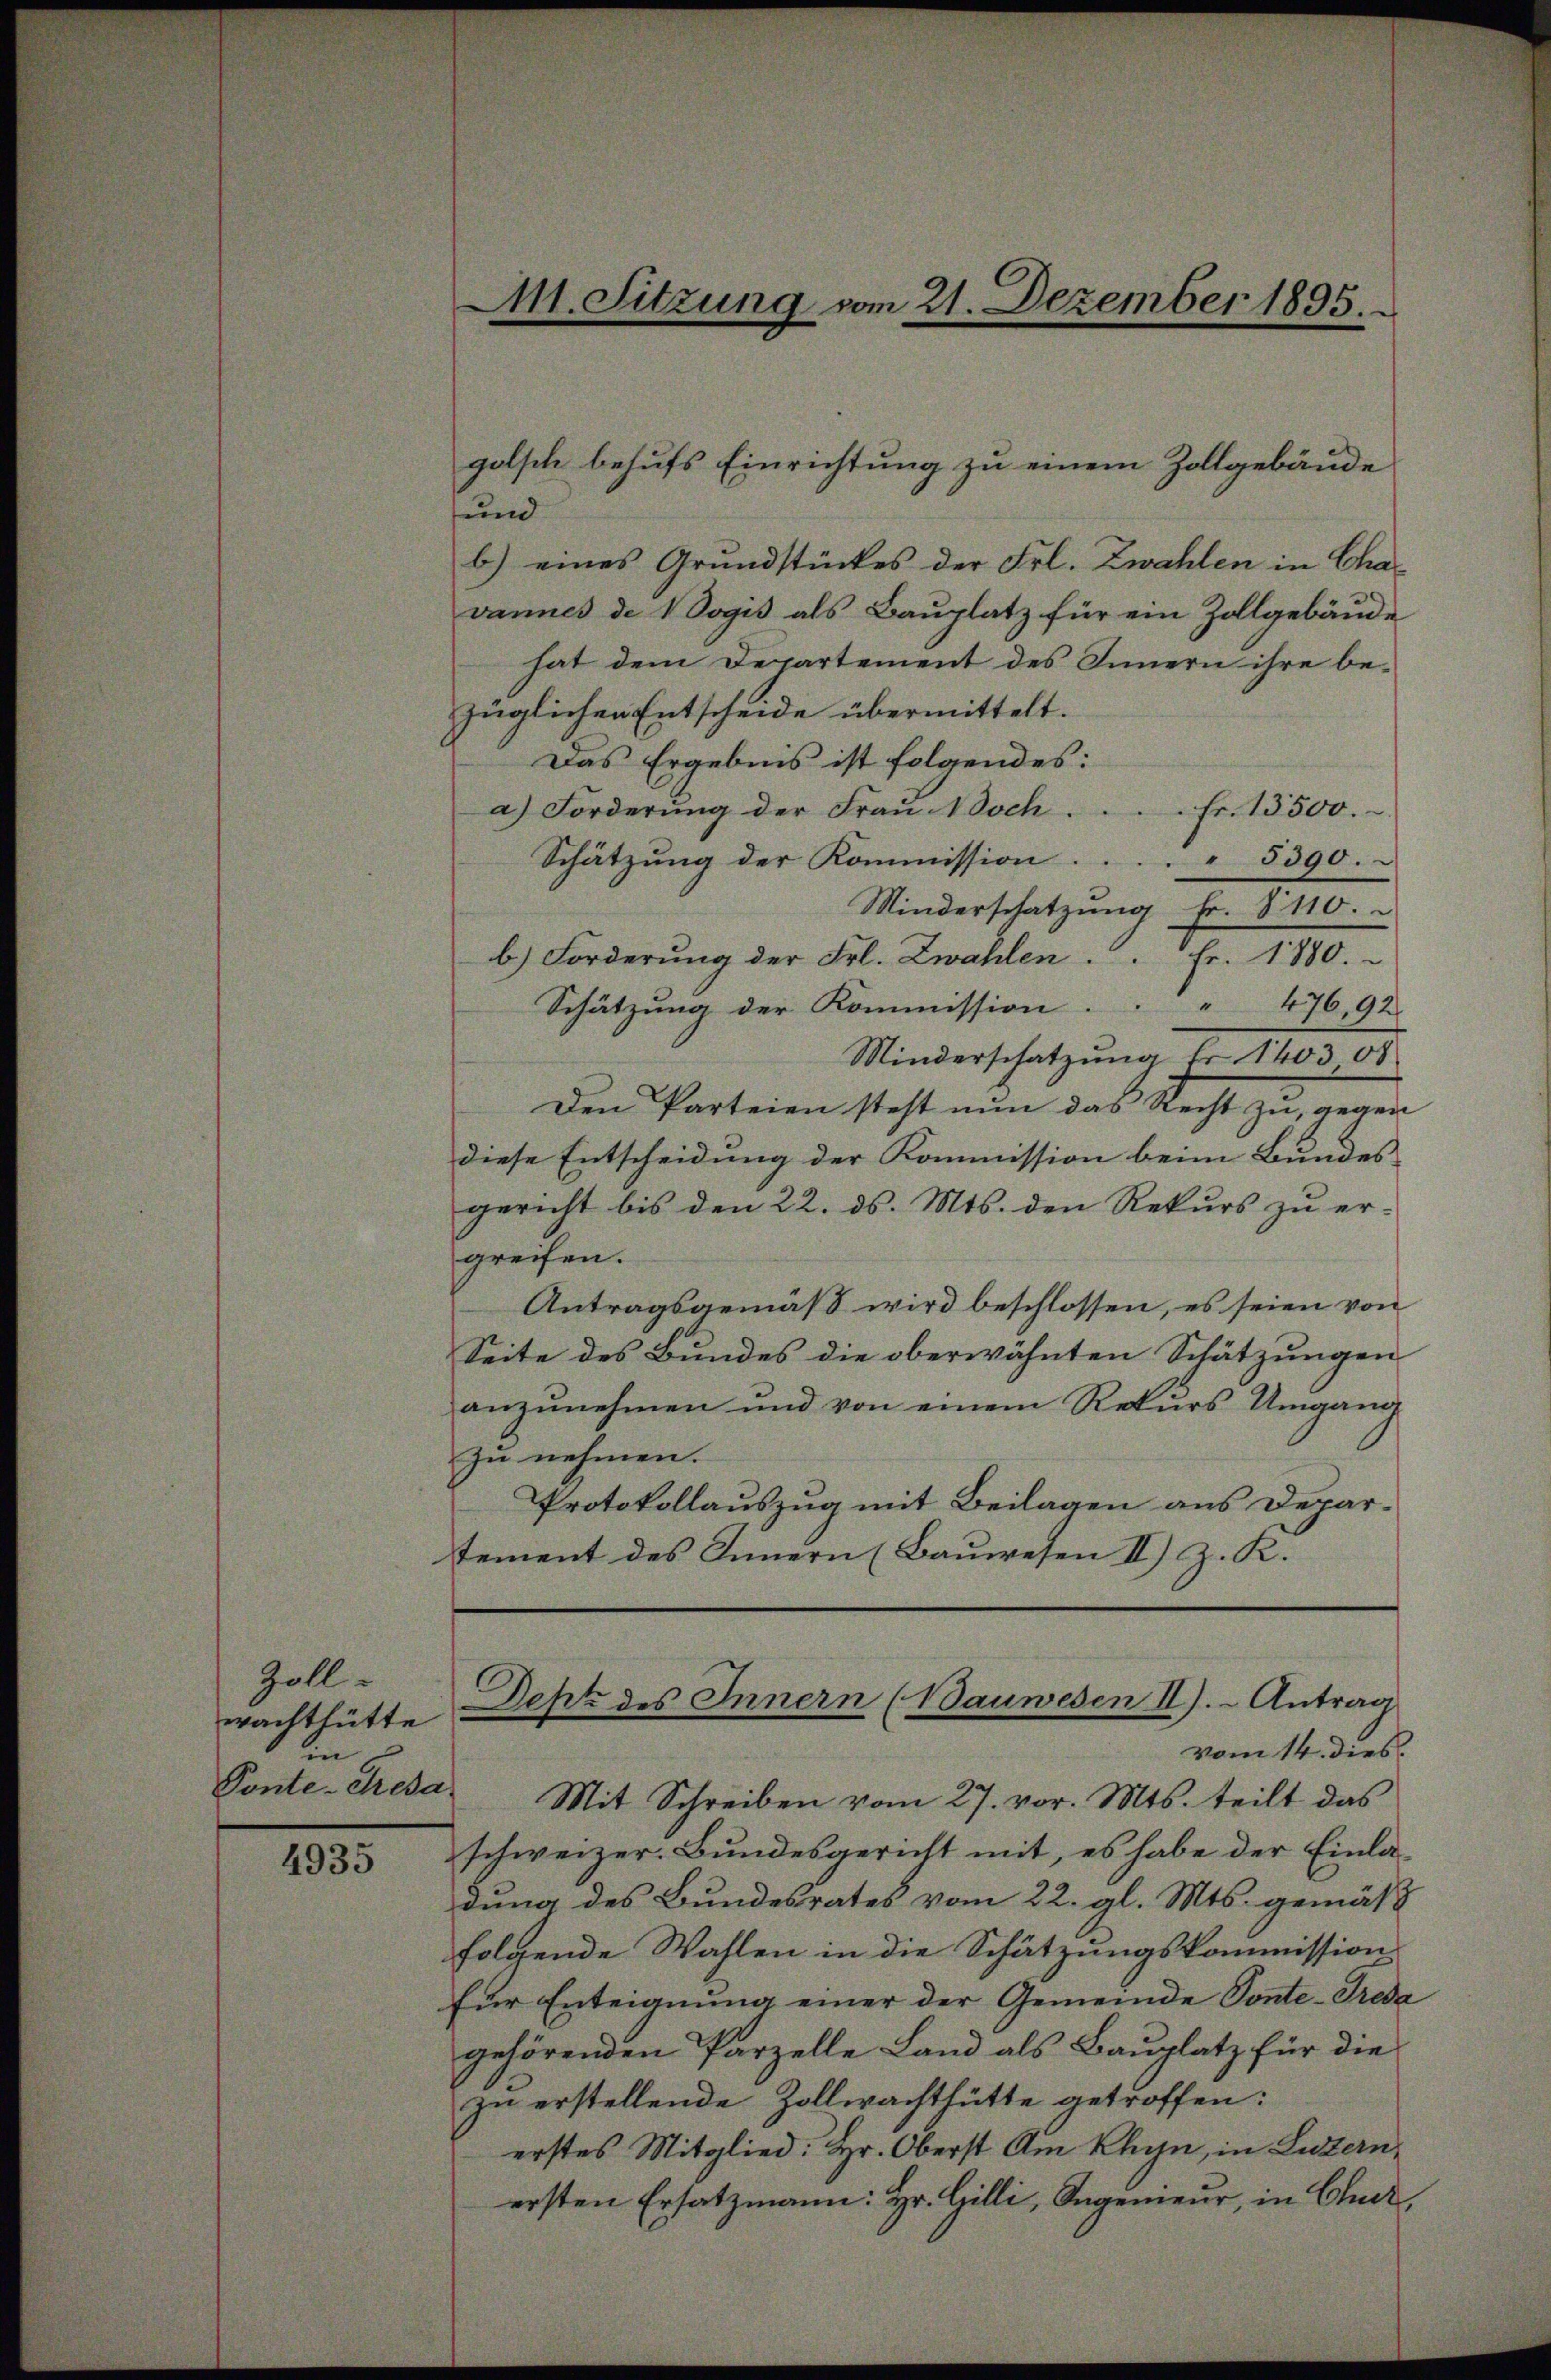
Zoll-
wachthütte
in
Ponte-Aresa

4935

und
b) eines Grundstückes der Frl. Zwahlen in Chavannes de 1 Vogis als Bauplatz für ein Zollgebäude
hat dem Departement des Innern ihre bezüglichen Entscheide übermittelt.
Das Ergebnis ist folgendes:
a) Forderŭng der Fraŭ Noch . . . . fr. 13500.
Schätzung der Kommission. . . . . 5390.
Minderschatzung Fr. 8110.
b.) Forderung der Frl. Zwahlen . . Fr. 1880.
Schätzung der Kommission. " 476,92
Minderschatzung Er 1403 08
Den Parteien steht nun das Recht zu, gegen
diese Entscheidung der Kommission beim Bundes
gericht bis den 22. ds. Mts. den Rekŭrs zŭ er-
greifen.
Antragsgemäß wird beschlossen, es seien von
Seite des Bundes die oberwähnten Schätzungen
anzunehmen und von einem Rekurs Umgang
zu nehmen.
Protokollauszug mit Beilagen aus Depar-
tement des Innern (Bauwesen II) z. K.

M1. Sitzung vom 21. Dezember 1895.

golsch behufs Einrichtung zu einem Zollgebäude

Deht des Innern (Bauwesen II). Antrag

vom 14. dies.
Mit Schreiben vom 27. vor. Mts. teilt das
schweizer. Bundesgericht mit, es habe der Einladung des Bundesrates vom 22. gl. Mts. gemäß
folgende Wahlen in die Schätzungskommission
Eür Enteignung einer der Gemeinde Ponte-Treda
gehörenden Parzelle Land als Bauplatz für die
zu erstellende Zollwachthütte getroffen:
erstes Mitglied: Hr. Oberst Am Khun, in Luzern,
ersten Ersatzmann: Hr. Gilli, Sagenieur, in Chur,